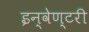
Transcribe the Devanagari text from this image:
इन्वेण्टरी